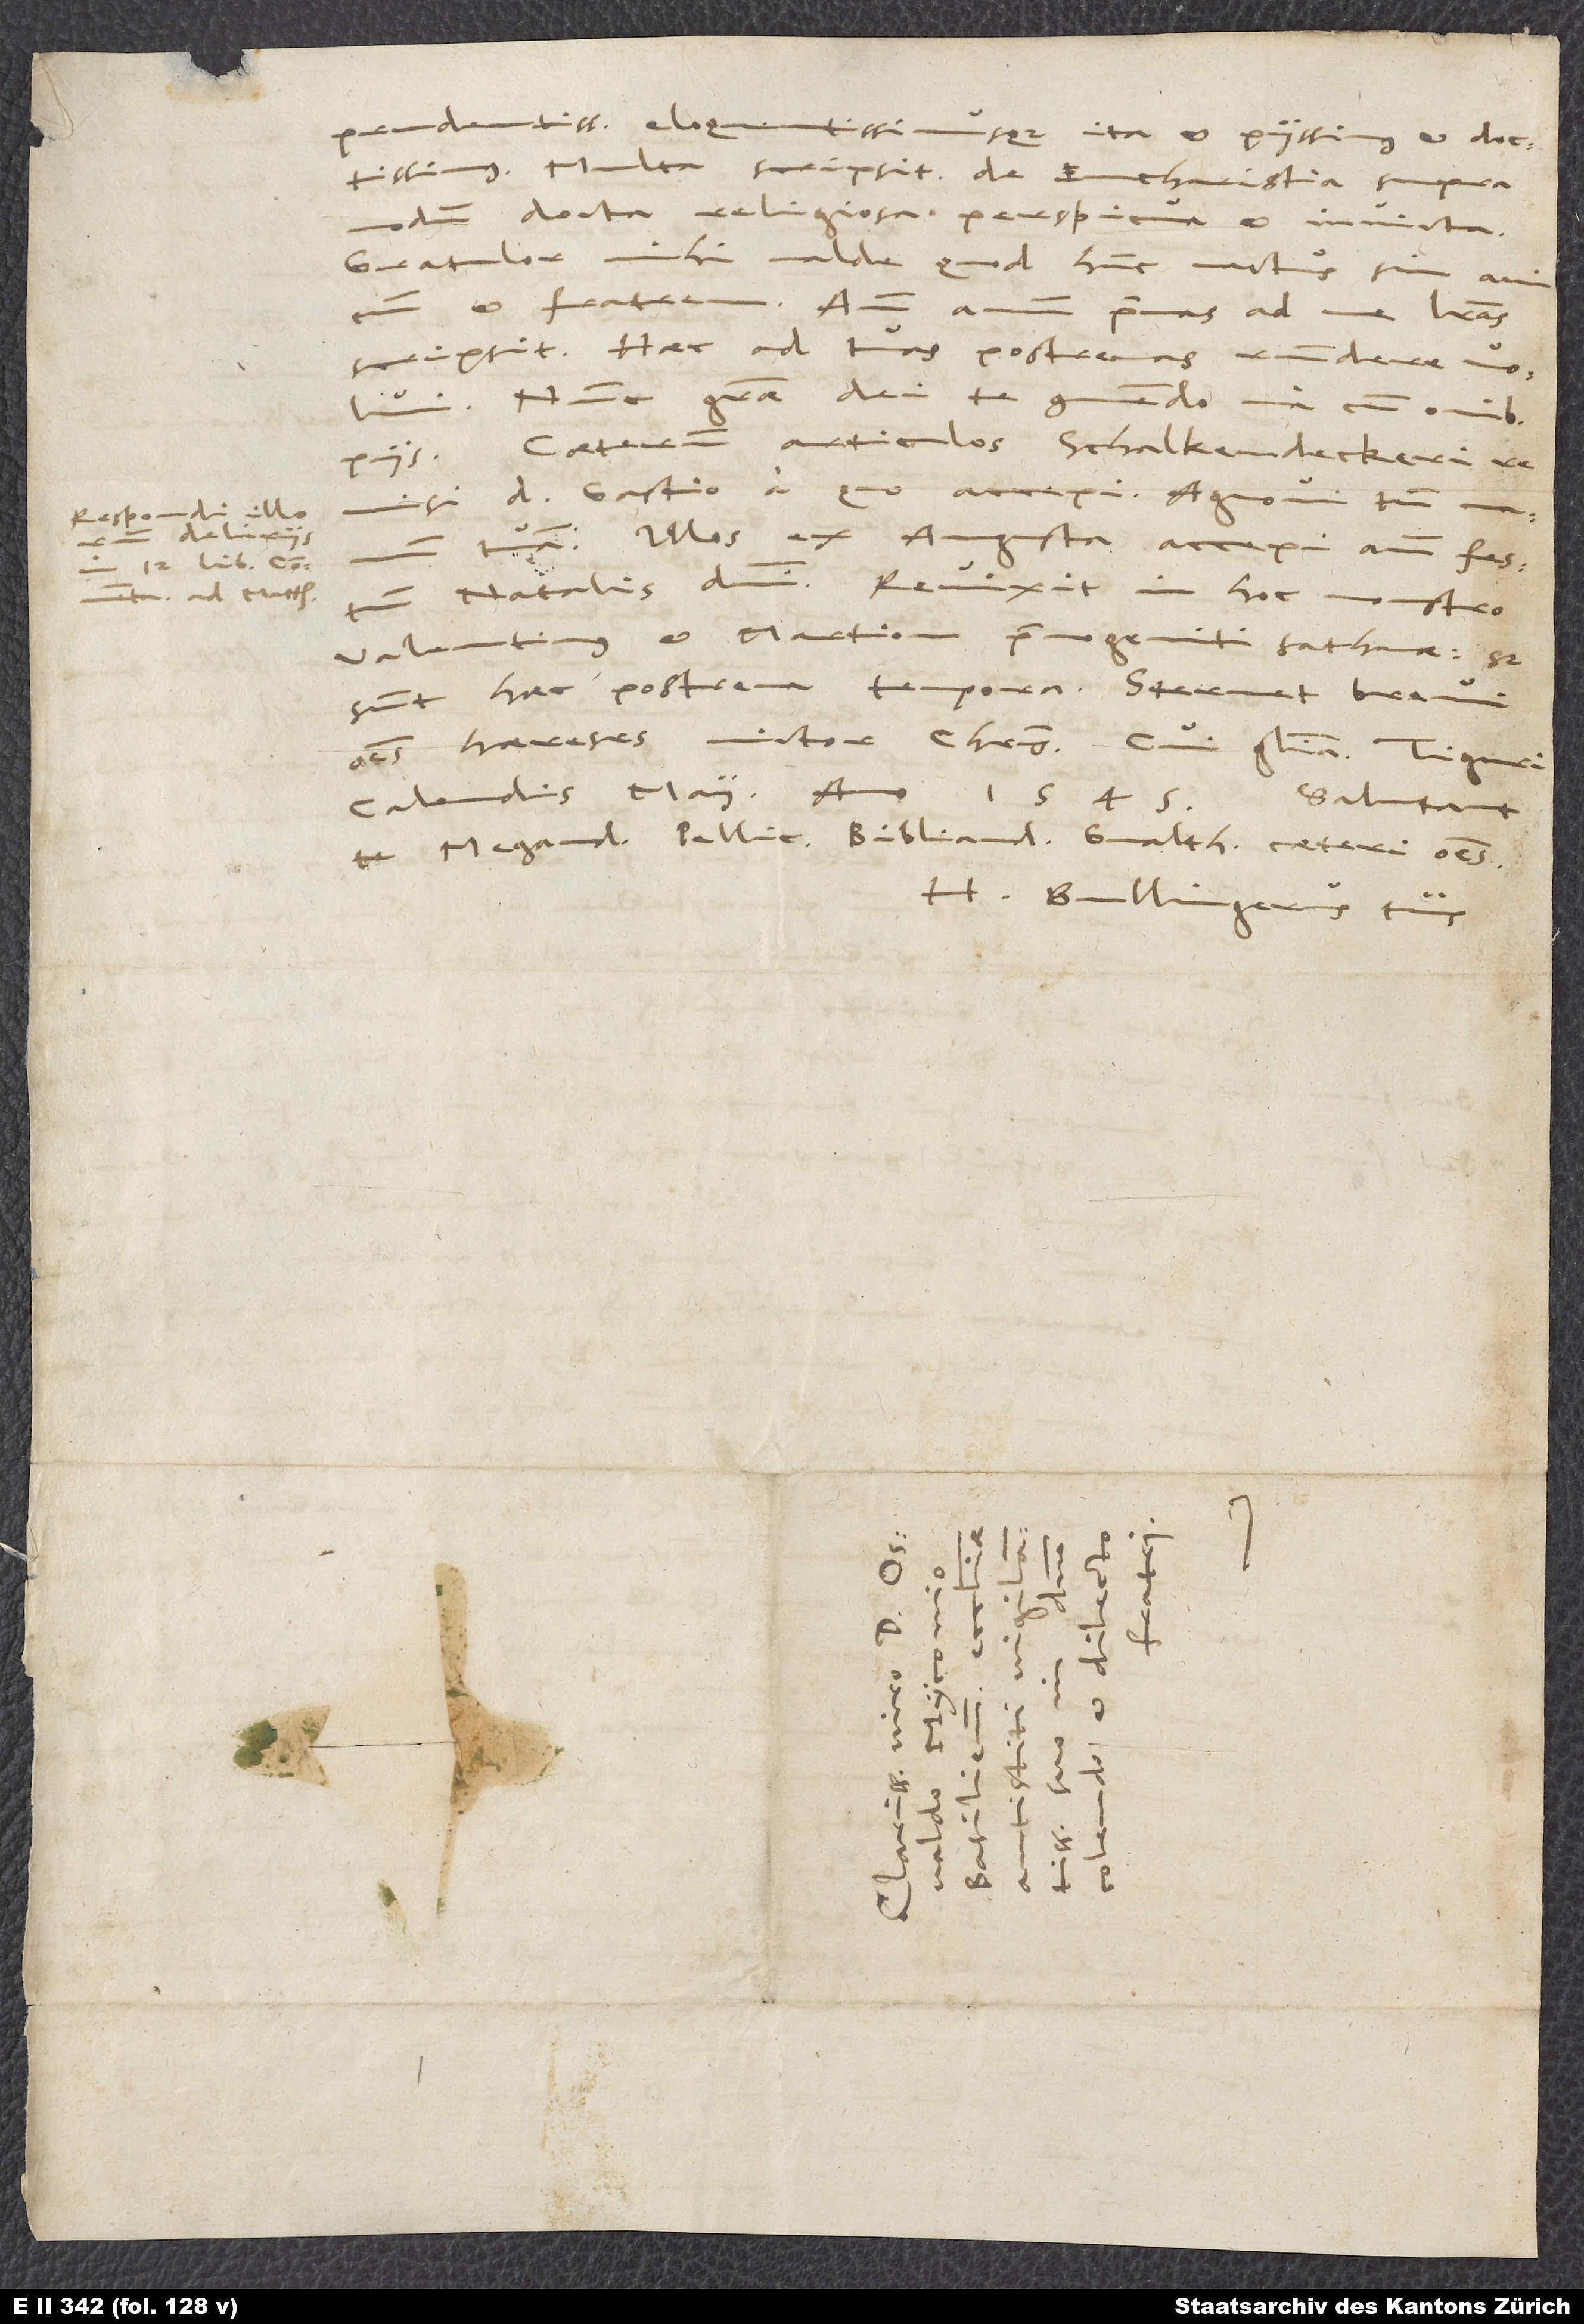
Respondi illorum
deliriis
ad Matthaeum.

prudentissimus eloquentissimusque, ita et piissimus et doctissimus.
Multa scripsit de eucharistia supra
modum docta, religiosa, perspicua et invicta.
Gratulor mihi valde, quod hunc nactus sim amicum
et fratrem. Ante annum primas ad me literas
Haec ad tuas postremas respondere volui.
Nunc gratiae dei te commendo una cum omnibus
Caeterum articulos Schalkendeckeri
remisi d. Gastio, a quo accepi. Agnovi tamen manum
tuam. Illos ex Augusta accepi ante festum
Valentinus et Martion, primogeniti sathanae. Sed
sunt haec postrema tempora. Sternet brevi
omnes haereses victor Christus, cui gloria.
calendis maii anno
Megander, Pellicanus, Bibliander, Gvaltherum, caeteri omnes.
H. Bullingerus tuus.
1.
1545.